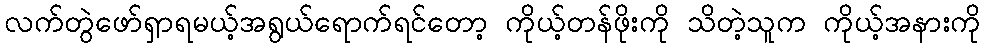
လက်တွဲဖော်ရှာရမယ့်အရွယ်ရောက်ရင်တော့ ကိုယ့်တန်ဖိုးကို သိတဲ့သူက ကိုယ့်အနားကို